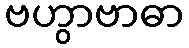
ဗဟွာဗာဓာ